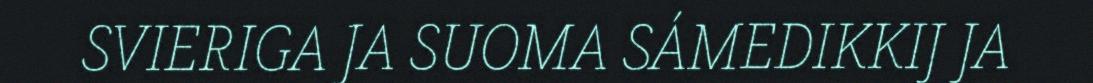
SVIERIGA JA SUOMA SÁMEDIKKIJ JA